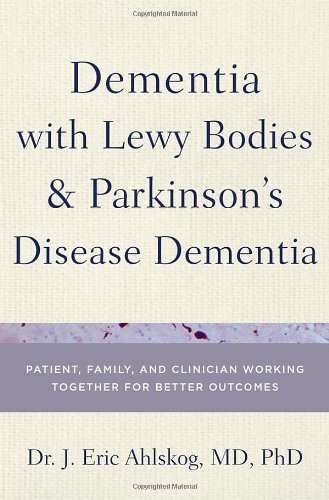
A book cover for Dementia with Lewy Bodies and Parkinson's Disease Dementia: Patient, Family, and Clinician Working Together for Better Outcomes; J. Eric Ahlskog; Health, Fitness & Dieting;